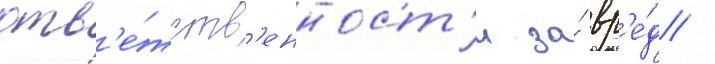
отв'е́тств'енност'и за́ вр'е́д /